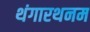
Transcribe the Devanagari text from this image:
थंगारथनम